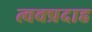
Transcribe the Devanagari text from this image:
त्वक्प्रदाह